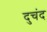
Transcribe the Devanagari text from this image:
दुचंद